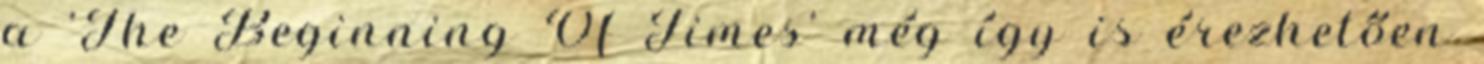
a ’The Beginning Of Times’ még így is érezhetően